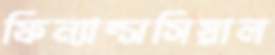
ফিন্যান্সসিয়াল